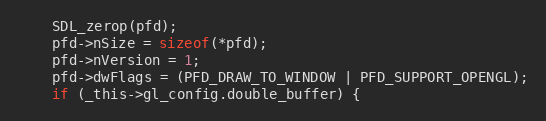
Language: C
    SDL_zerop(pfd);
    pfd->nSize = sizeof(*pfd);
    pfd->nVersion = 1;
    pfd->dwFlags = (PFD_DRAW_TO_WINDOW | PFD_SUPPORT_OPENGL);
    if (_this->gl_config.double_buffer) {